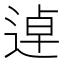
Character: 逴